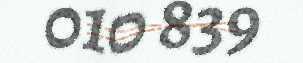
010 839